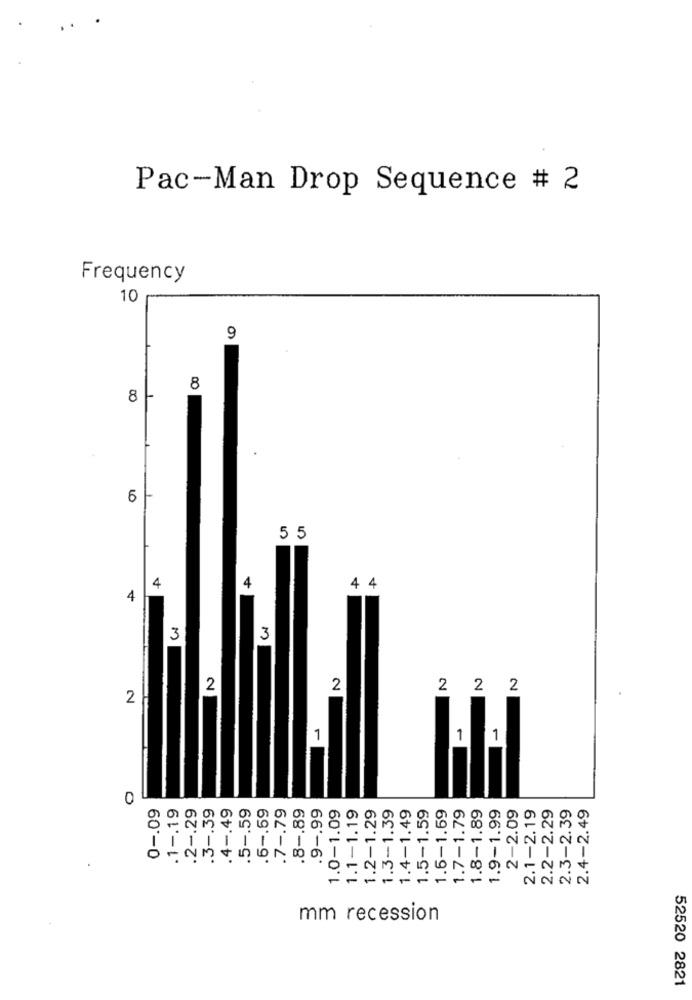
Pac-Man Drop Sequence # 2
Frequency
10
9
00
8
6
5 5
4
4
4 4
4
3
3
2
2
2
2 2
2
-
-
-
0
0 -. 09
.1 -. 19
.2 -. 29
.3 -. 39
.4 -. 49
.5 -. 59
.6 -. 59
.7 -. 79
.8 -. 89
.9 -. 99
1.0-1.09
1.4-1.49
1.5-1.59
1.8-1.89
2-2.09
2.1-2.19
2.2-2.29
2.3-2.39
1.1-1.19
1.2-1.29
1.3-1.39
1.6-1.59
1.7-1.79
1.9-1.99
2.4-2.49
mm recession
52520 2821